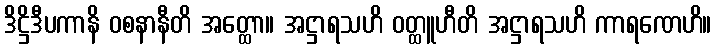
ဒိဋ္ဌိဒီပကာနိ ဝစနာနီတိ အတ္ထော။ အဋ္ဌာရသဟိ ဝတ္ထူဟီတိ အဋ္ဌာရသဟိ ကာရဏေဟိ။